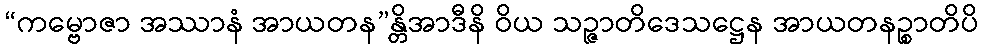
“ကမ္ဗောဇာ အဿာနံ အာယတန”န္တိအာဒီနိ ဝိယ သဉ္ဇာတိဒေသဋ္ဌေန အာယတနဉ္စာတိပိ